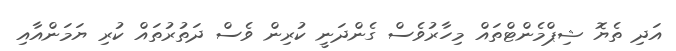
އަދި ތެޔޮ ޝިޕްމެންޓްތައް މިހާރުވެސް ގެންދަނީ ކުރިން ވެސް ދަތުރުތައް ކުރި ޔަމަންއާއި